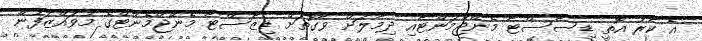
އެ ކާރު އޮތީ ޑިސާސްޓާ މެނޭޖްމަންޓާއި ދިމާލަށް ވާގޮތަށް ޑިޒާސްޓާ މެނޭޖްމެންޓްގެ މުވައްޒަފުން